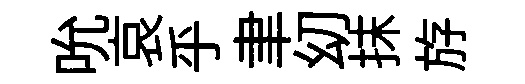
吮哀乎聿㓜抹斿